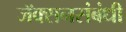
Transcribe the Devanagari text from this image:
जॅक्सनसंबंधी